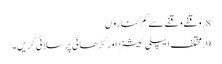
8. وقفے وقفے سے کم کناروں
9. مختلف ایپلی کیشنز اور کڑھائی پر سلائی کریں۔